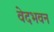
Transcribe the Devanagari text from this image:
वेदभवन